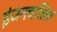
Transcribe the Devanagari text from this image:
इंजनचालित